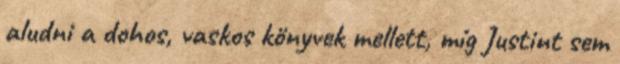
aludni a dohos, vaskos könyvek mellett, míg Justint sem